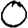
Digit: 0